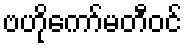
ဗဟိုကော်မတီဝင်